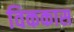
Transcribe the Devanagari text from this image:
विककास